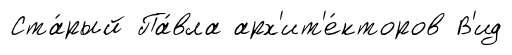
Ста́рый Па́вла арх'ит'е́кторов В'ид